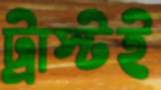
ট্রাস্টই